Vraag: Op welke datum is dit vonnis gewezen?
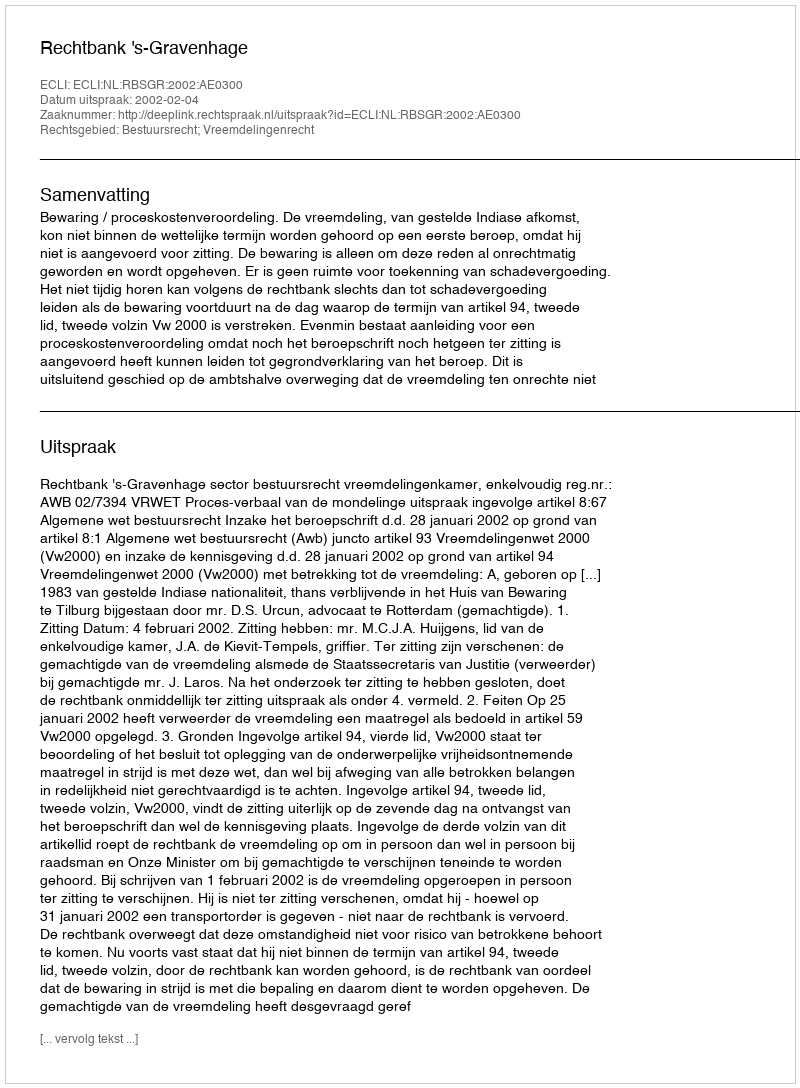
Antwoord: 2002-02-04